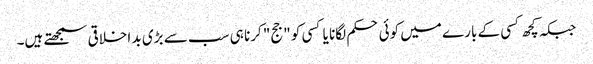
جبکہ کچھ کسی کے بارے میں کوئی حکم لگانا یا کسی کو "جج" کرنا ہی سب سے بڑی بد اخلاقی سمجھتے ہیں۔